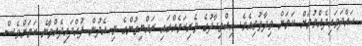
ހައްދަވައިދެއްވުމަށް ކަމަށް ވިދާޅުވިއެވެ. އިއްތިހާދުގެ ވެރިކަމެއްގައި ރައްޔިތުންގެ މި އެދުން ފުއްދައިދެއްވާނެ ކަމަށްވެސް